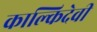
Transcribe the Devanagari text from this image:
काल्किदेवी